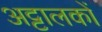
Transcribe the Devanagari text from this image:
अट्टालकों